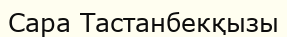
Сара Тастанбекқызы